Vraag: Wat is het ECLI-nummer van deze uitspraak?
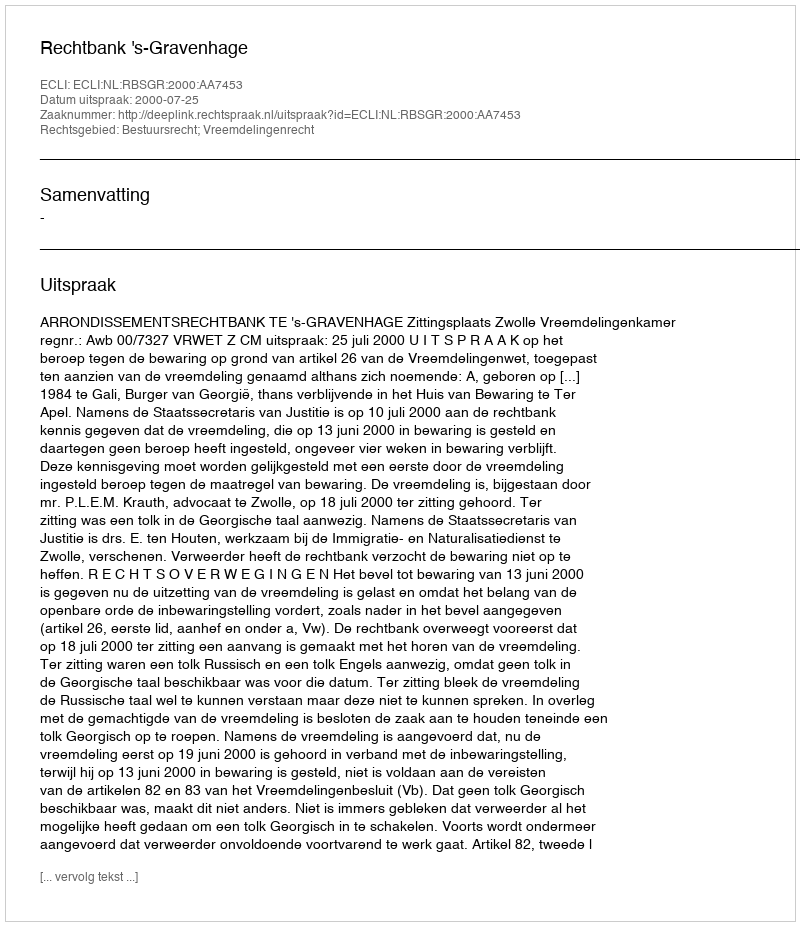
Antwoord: ECLI:NL:RBSGR:2000:AA7453